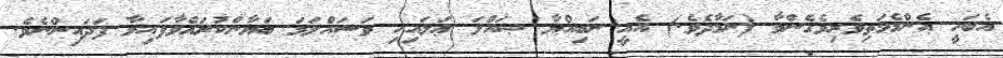
އެބަހީ އެންމެމަތިވެރިވެގެންވާ (ނަމާދެވެ.) އެއީ ނަބިއްޔާ ޞައްލަ ޢަލައިހި ވަސައްލަމަ ބަޔާންކުރައްވާފައިވާ ފަދައިންނެވެ.